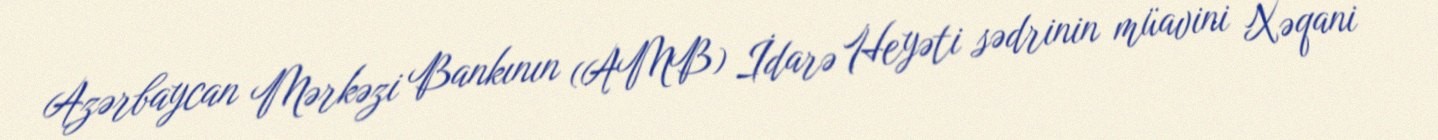
Azərbaycan Mərkəzi Bankının (AMB) İdarə Heyəti sədrinin müavini Xəqani